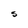
Character: S